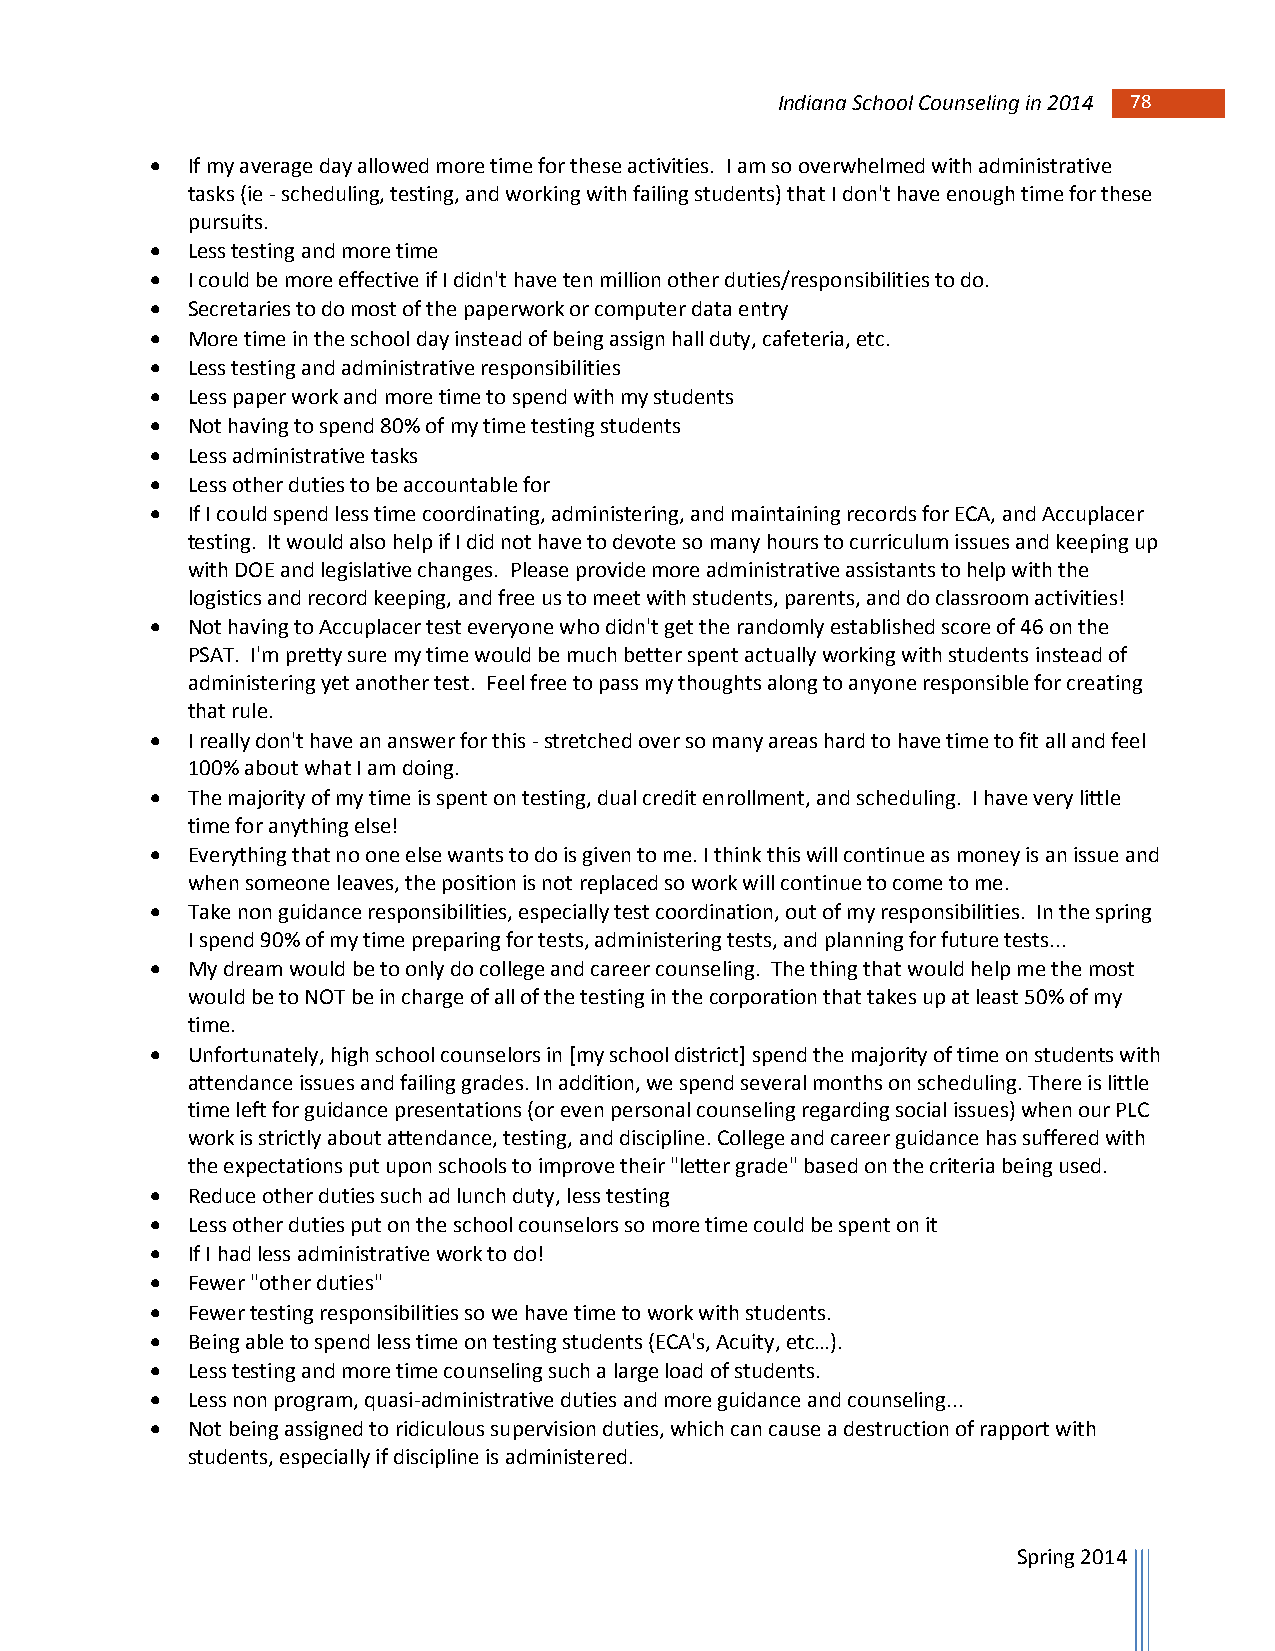
Indiana School Counseling in 2014 78 78
  If my average day allowed more time for these activities. I am so overwhelmed with administrative
 tasks (ie - scheduling, testing, and working with failing students) that I don't have enough time for these
 pursuits.
  Less testing and more time
  I could be more effective if I didn't have ten million other duties/responsibilities to do.
  Secretaries to do most of the paperwork or computer data entry
  More time in the school day instead of being assign hall duty, cafeteria, etc.
  Less testing and administrative responsibilities
  Less paper work and more time to spend with my students
  Not having to spend 80% of my time testing students
  Less administrative tasks
  Less other duties to be accountable for
  If I could spend less time coordinating, administering, and maintaining records for ECA, and Accuplacer
 testing. It would also help if I did not have to devote so many hours to curriculum issues and keeping up
 with DOE and legislative changes. Please provide more administrative assistants to help with the
 logistics and record keeping, and free us to meet with students, parents, and do classroom activities!
  Not having to Accuplacer test everyone who didn't get the randomly established score of 46 on the
 PSAT. I'm pretty sure my time would be much better spent actually working with students instead of
 administering yet another test. Feel free to pass my thoughts along to anyone responsible for creating
 that rule.
  I really don't have an answer for this - stretched over so many areas hard to have time to fit all and feel
 100% about what I am doing.
  The majority of my time is spent on testing, dual credit enrollment, and scheduling. I have very little
 time for anything else!
  Everything that no one else wants to do is given to me. I think this will continue as money is an issue and
 when someone leaves, the position is not replaced so work will continue to come to me.
  Take non guidance responsibilities, especially test coordination, out of my responsibilities. In the spring
 I spend 90% of my time preparing for tests, administering tests, and planning for future tests...
  My dream would be to only do college and career counseling. The thing that would help me the most
 would be to NOT be in charge of all of the testing in the corporation that takes up at least 50% of my
 time.
  Unfortunately, high school counselors in [my school district] spend the majority of time on students with
 attendance issues and failing grades. In addition, we spend several months on scheduling. There is little
 time left for guidance presentations (or even personal counseling regarding social issues) when our PLC
 work is strictly about attendance, testing, and discipline. College and career guidance has suffered with
 the expectations put upon schools to improve their "letter grade" based on the criteria being used.
  Reduce other duties such ad lunch duty, less testing
  Less other duties put on the school counselors so more time could be spent on it
  If I had less administrative work to do!
  Fewer "other duties"
  Fewer testing responsibilities so we have time to work with students.
  Being able to spend less time on testing students (ECA's, Acuity, etc…).
  Less testing and more time counseling such a large load of students.
  Less non program, quasi-administrative duties and more guidance and counseling...
  Not being assigned to ridiculous supervision duties, which can cause a destruction of rapport with
 students, especially if discipline is administered.
 Spring 2014